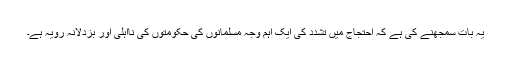
یہ بات سمجھنے کی ہے کہ احتجاج میں تشدد کی ایک اہم وجہ مسلمانوں کی حکومتوں کی نااہلی اور بزدلانہ رویہ ہے۔